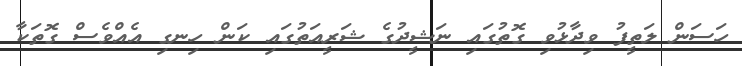
ހަސަން ލަތީފު ވިދާޅުވި ގޮތުގައި ނަޝީދުގެ ޝަރީއަތުގައި ކަން ހިނގި އެއްވެސް ގޮތަކާ